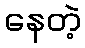
နေတဲ့